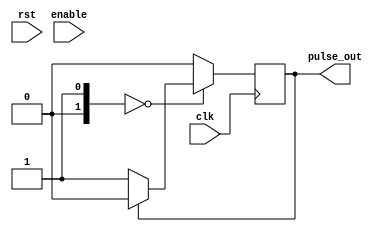
module pulse_generator (
  input wire clk,           // Clock input
  input wire rst,           // Reset input
  input wire enable,        // Enable signal
  output reg pulse_out      // Output pulse signal
);

  reg [7:0] pulse_width;    // Pulse width parameter
  reg [7:0] frequency;      // Frequency parameter
  reg [7:0] duty_cycle;     // Duty cycle parameter
  reg [1:0] pulse_type;     // Pulse type parameter

  // Timing control units
  always @(posedge clk or posedge rst) begin
    if (rst) begin
      pulse_width <= 8'h00;    // Default pulse width
      frequency <= 8'h00;      // Default frequency
      duty_cycle <= 8'h50;     // Default duty cycle (50%)
    end else begin
      if (enable) begin
        // Adjust pulse width, frequency, and duty cycle based on user-defined parameters
        // Add logic here to update the values of pulse_width, frequency, and duty_cycle
      end
    end
  end

  // Synchronization blocks
  always @(posedge clk) begin
    // Add logic here to ensure accurate timing alignment with external signals
  end

  // Pulse generation logic
  always @(posedge clk) begin
    case (pulse_type)
      // Add logic here to generate different types of pulses based on user-defined parameters
      // For example, to generate a square wave pulse:
      2'b00: begin
        if (pulse_out) begin
          pulse_out <= 1'b0;
        end else begin
          pulse_out <= 1'b1;
        end
      end
      default: pulse_out <= 1'b0;
    endcase
  end

endmodule